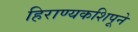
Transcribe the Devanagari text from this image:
हिराण्यकशिपूने